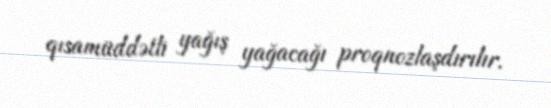
qısamüddətli yağış yağacağı proqnozlaşdırılır.